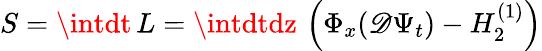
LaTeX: S=\intdt\, L=\intdtdz\, \left(\Phi_{x}(\mathscr{D}\Psi_{t})-H_{2}^{(1)}\right)